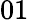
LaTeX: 01